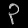
Digit: ၃